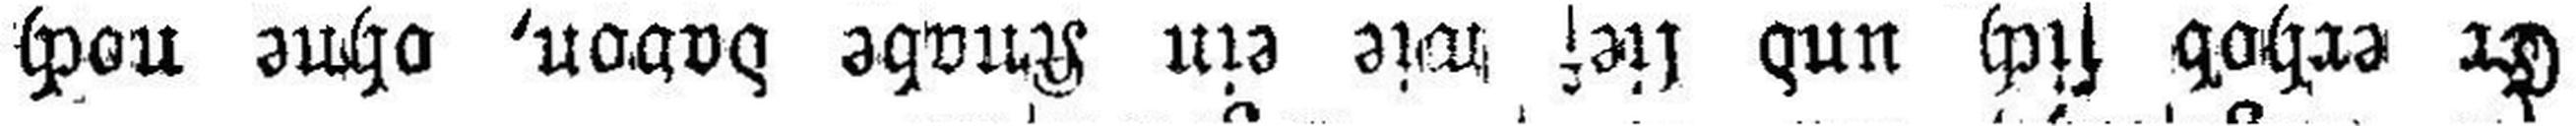
Er erhob sich und lief wie ein Knabe davon, ohne noch